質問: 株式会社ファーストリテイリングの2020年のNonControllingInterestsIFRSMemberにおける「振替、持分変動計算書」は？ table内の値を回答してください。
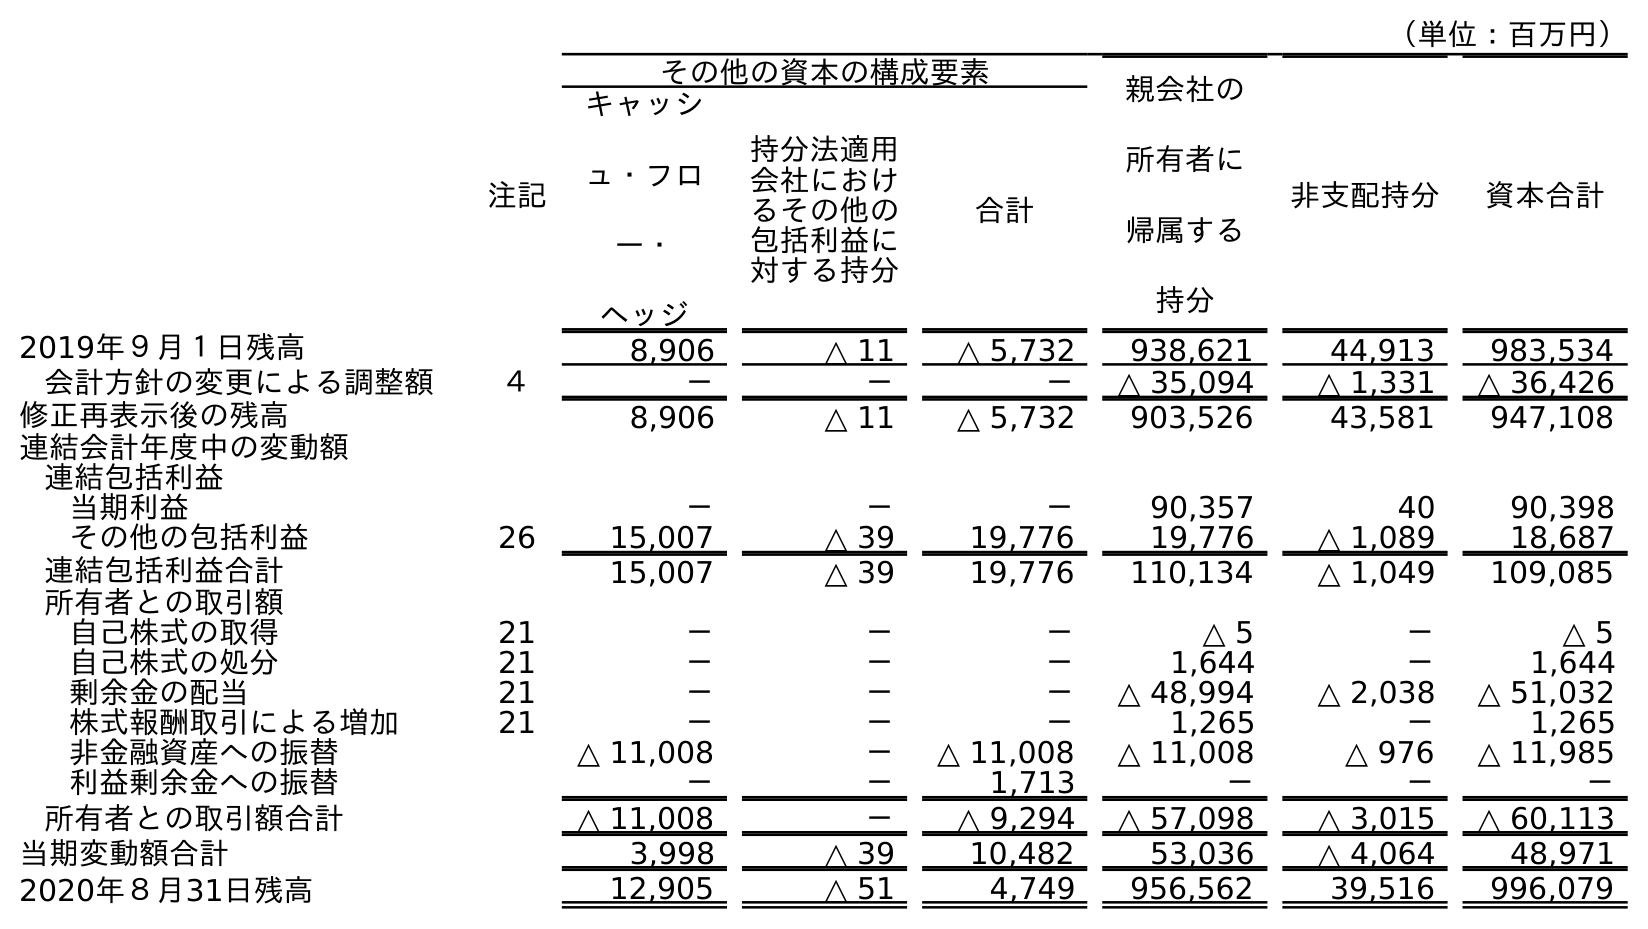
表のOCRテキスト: （単位：百万円） 注記 その他の資本の構成要素 親会社の 所有者に 帰属する 持分 非支配持分 資本合計 キャッシ ュ・フロ ー・ ヘッジ 持分法適用 会社におけ るその他の 包括利益に 対する持分 合計 2019年９月１日残高 8,906 △ 11 △ 5,732 938,621 44,913 983,534 会計方針の変更による調整額 ４ － － － △ 35,094 △ 1,331 △ 36,426 修正再表示後の残高 8,906 △ 11 △ 5,732 903,526 43,581 947,108 連結会計年度中の変動額 連結包括利益 当期利益 － － － 90,357 40 90,398 その他の包括利益 26 15,007 △ 39 19,776 19,776 △ 1,089 18,687 連結包括利益合計 15,007 △ 39 19,776 110,134 △ 1,049 109,085 所有者との取引額 自己株式の取得 21 － － － △ 5 － △ 5 自己株式の処分 21 － － － 1,644 － 1,644 剰余金の配当 21 － － － △ 48,994 △ 2,038 △ 51,032 株式報酬取引による増加 21 － － － 1,265 － 1,265 非金融資産への振替 △ 11,008 － △ 11,008 △ 11,008 △ 976 △ 11,985 利益剰余金への振替 － － 1,713 － － － 所有者との取引額合計 △ 11,008 － △ 9,294 △ 57,098 △ 3,015 △ 60,113 当期変動額合計 3,998 △ 39 10,482 53,036 △ 4,064 48,971 2020年８月31日残高 12,905 △ 51 4,749 956,562 39,516 996,079
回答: △976